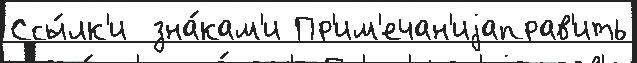
Ссы́лк'и  зна́кам'и Пр'им'ечан'иjаправ'ить